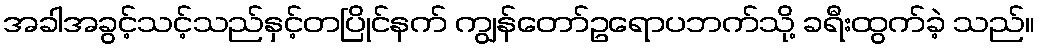
အခါအခွင့်သင့်သည်နှင့်တပြိုင်နက် ကျွန်တော်ဥရောပဘက်သို့ ခရီးထွက်ခဲ့ သည်။